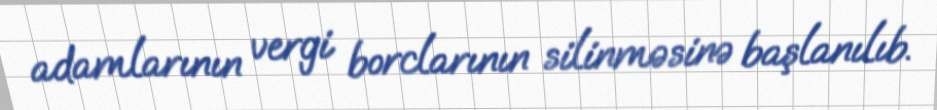
adamlarının vergi borclarının silinməsinə başlanılıb.